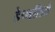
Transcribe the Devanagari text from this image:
हेप्थलिते